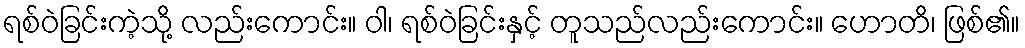
ရစ်ဝဲခြင်းကဲ့သို့ လည်းကောင်း။ ဝါ၊ ရစ်ဝဲခြင်းနှင့် တူသည်လည်းကောင်း။ ဟောတိ၊ ဖြစ်၏။